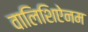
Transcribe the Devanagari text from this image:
वालिशिऐनम